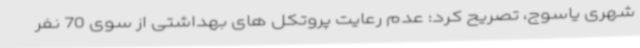
شهری یاسوج، تصریح کرد: عدم رعایت پروتکل های بهداشتی از سوی 70 نفر